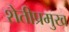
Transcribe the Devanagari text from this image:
शेतीप्रमुख